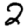
Digit: 2